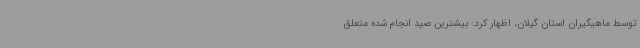
توسط ماهیگیران استان گیلان، اظهار کرد: بیشترین صید انجام شده متعلق